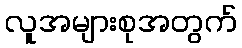
လူအများစုအတွက်